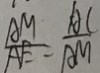
\frac { A M } { A E } = \frac { A C } { A M }